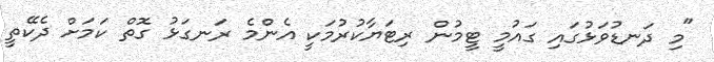
"މި ދަނޑުވަޅުގައި ގައުމީ ޓީމުން ރިޓަޔާކުރުމަކީ އެންމެ ރަނގަޅު ގޮތް ކަމަށް ދެކޭތީ